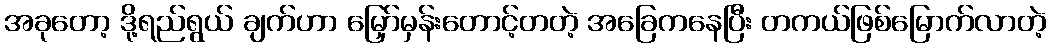
အခုတော့ ဒို့ရည်ရွယ် ချက်ဟာ မြှော်မှန်းတောင့်တတဲ့ အခြေကနေပြီး တကယ်ဖြစ်မြောက်လာတဲ့